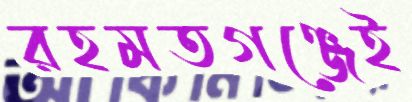
রহমতগঞ্জেই